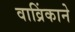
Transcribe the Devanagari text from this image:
वाव्रिंकाने